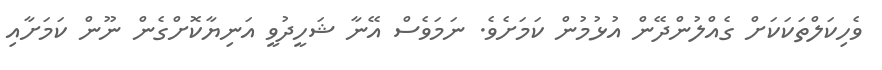
ވެހިކަލްތަކަކަށް ގެއްލުންދޭން އުޅުމުން ކަމަށެވެ. ނަމަވެސް އޭނާ ޝަހީދުވީ އަނިޔާކޮށްގެން ނޫން ކަމަށާއި